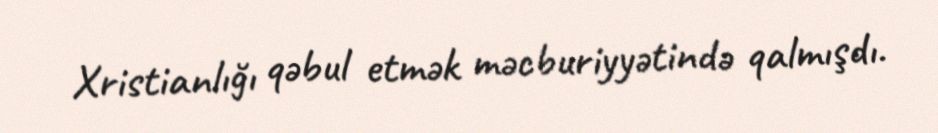
Xristianlığı qəbul etmək məcburiyyətində qalmışdı.